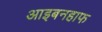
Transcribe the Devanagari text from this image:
आइबनहाफ